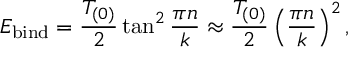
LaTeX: E _ { \mathrm { b i n d } } = { \frac { T _ { ( 0 ) } } { 2 } } \tan ^ { 2 } { \frac { \pi n } { k } } \approx { \frac { T _ { ( 0 ) } } { 2 } } \left( { \frac { \pi n } { k } } \right) ^ { 2 } ,